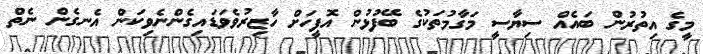
މީގެ އިތުރުން ބައެއް ސިޔާސީ މަގާމުތަކުގެ ބޭފުޅުން އޮފީހަށް ހާޒިރުވެވަޑައިގެންނެވިކަން އެނގެން ނެތް